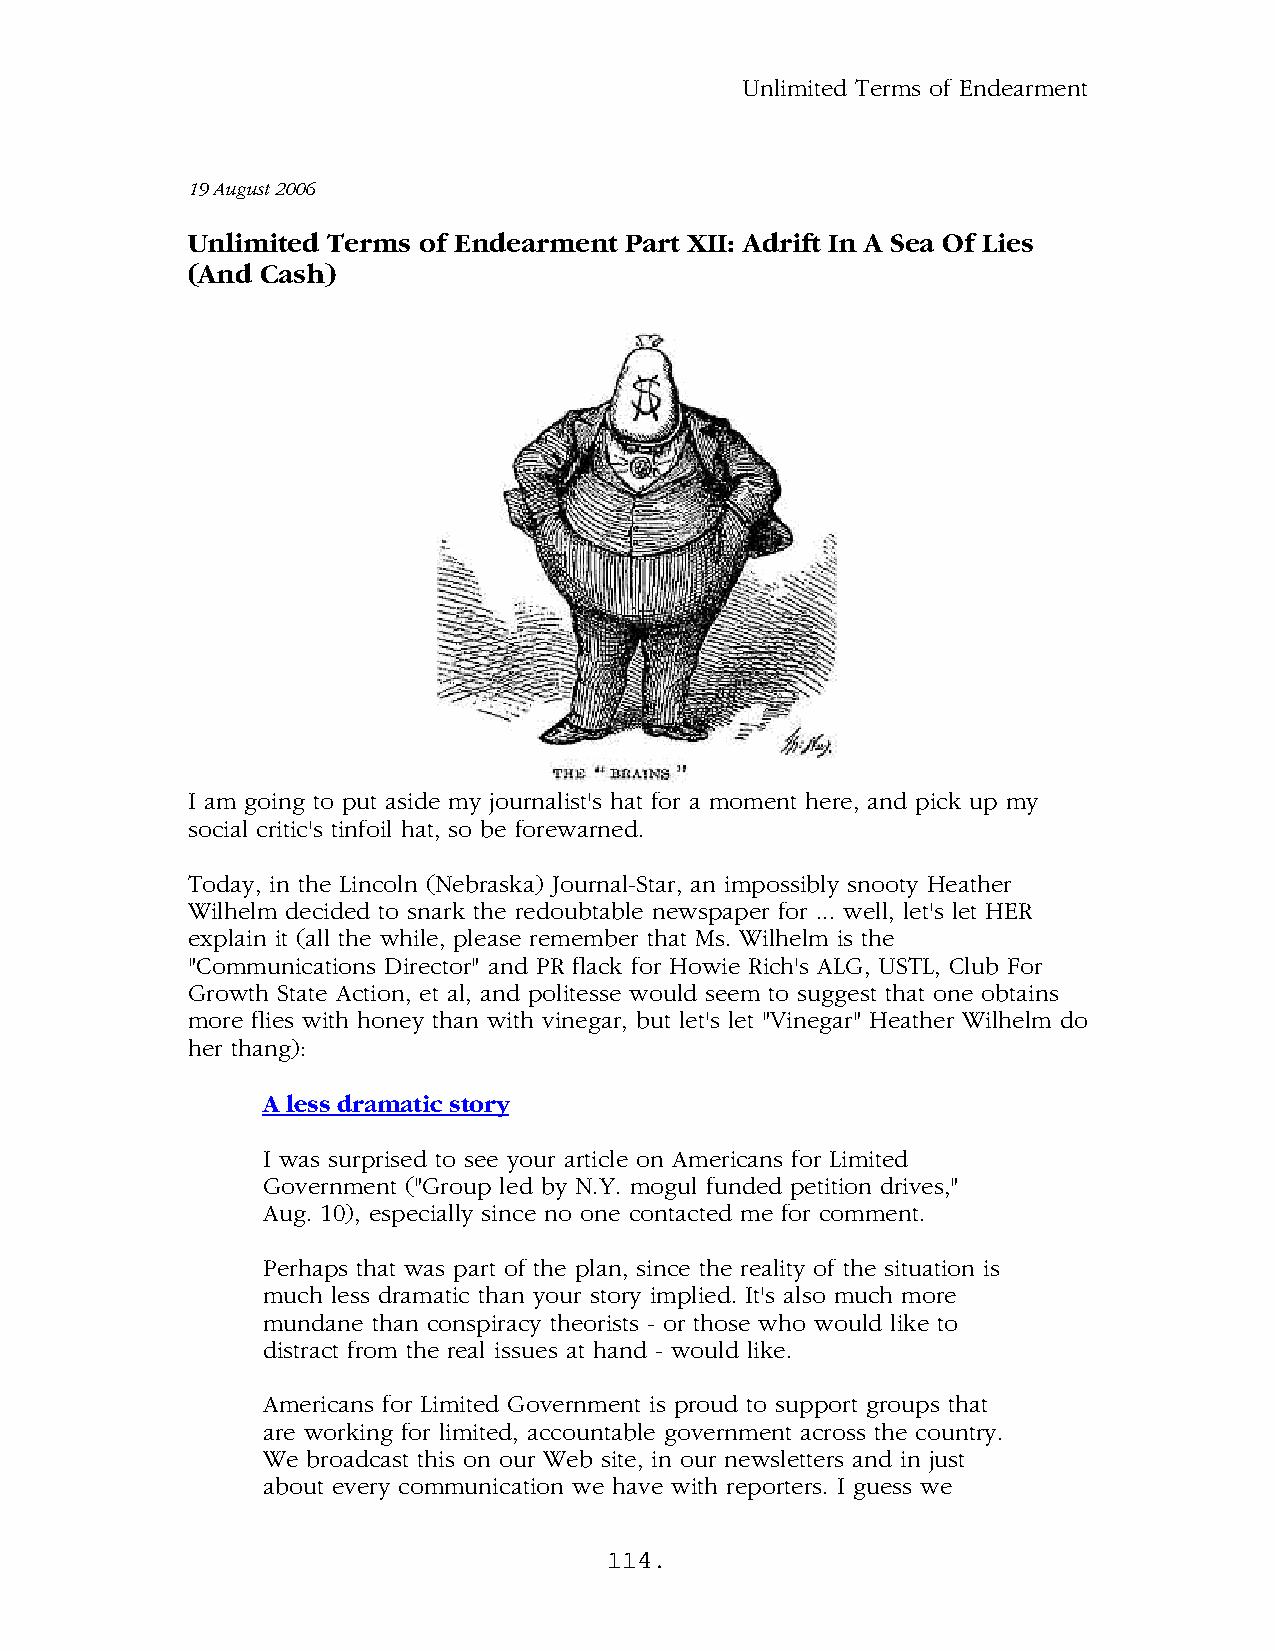
Unlimited Terms of Endearment
 19 August 2006
 Unlimited Terms of Endearment Part XII: Adrift In A Sea Of Lies
 (And Cash)
 I am going to put aside my journalist's hat for a moment here, and pick up my
 social critic's tinfoil hat, so be forewarned.
 Today, in the Lincoln (Nebraska) Journal-Star, an impossibly snooty Heather
 Wilhelm decided to snark the redoubtable newspaper for ... well, let's let HER
 explain it (all the while, please remember that Ms. Wilhelm is the
 "Communications Director" and PR flack for Howie Rich's ALG, USTL, Club For
 Growth State Action, et al, and politesse would seem to suggest that one obtains
 more flies with honey than with vinegar, but let's let "Vinegar" Heather Wilhelm do
 her thang):
 A less dramatic story
 I was surprised to see your article on Americans for Limited
 Government ("Group led by N.Y. mogul funded petition drives,"
 Aug. 10), especially since no one contacted me for comment.
 Perhaps that was part of the plan, since the reality of the situation is
 much less dramatic than your story implied. It's also much more
 mundane than conspiracy theorists - or those who would like to
 distract from the real issues at hand - would like.
 Americans for Limited Government is proud to support groups that
 are working for limited, accountable government across the country.
 We broadcast this on our Web site, in our newsletters and in just
 about every communication we have with reporters. I guess we
 114.